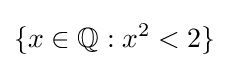
\{x\in \mathbb {Q} :x^{2}<2\}